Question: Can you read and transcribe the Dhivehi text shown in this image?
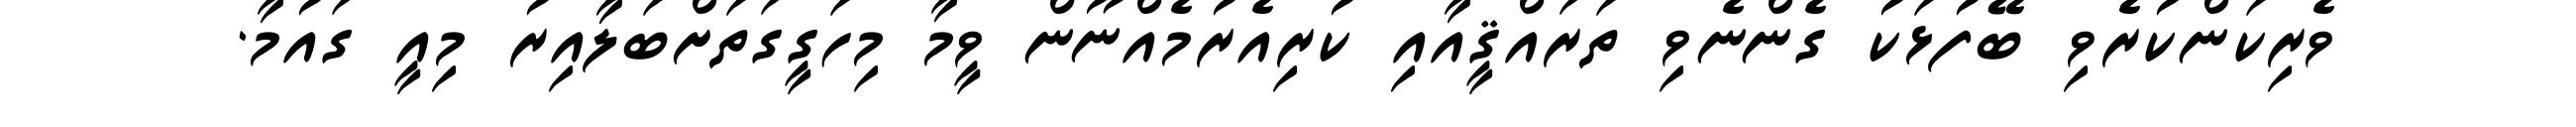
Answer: ވެރިކަންކުރެވި ބޭފުޅަކު ގެންނެވި ތަރައްޤީއާއި ކުރިއެރުމެއްނޫން ވީމާ މިހަގީގަތަށްބަލާއިރު މިއީ ގައުމާ.